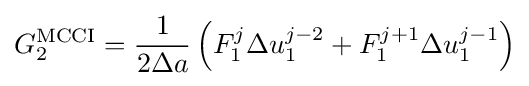
G_{2}^{\text{MCCI}}={\frac {1}{2\Delta a}}\left(F_{1}^{j}{\Delta u_{1}^{j-2}}+F_{1}^{j+1}{\Delta u_{1}^{j-1}}\right)